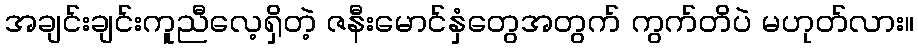
အချင်းချင်းကူညီလေ့ရှိတဲ့ ဇနီးမောင်နှံတွေအတွက် ကွက်တိပဲ မဟုတ်လား။